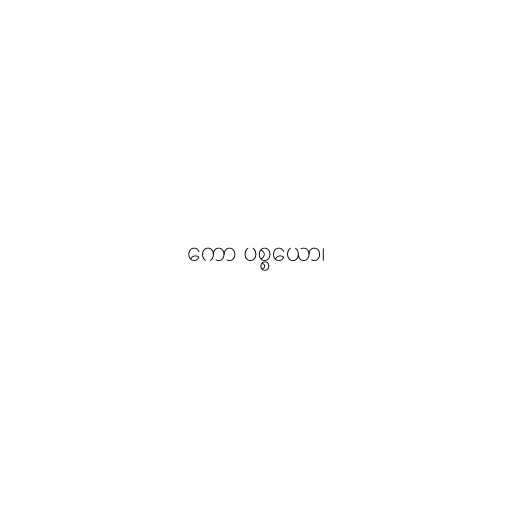
ကော ပစ္စယော၊